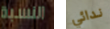
النسبة ندائي